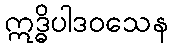
ဣဒ္ဓိပါဒဝသေန